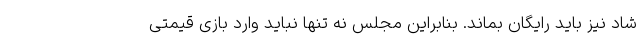
شاد نیز باید رایگان بماند. بنابراین مجلس نه تنها نباید وارد بازی قیمتی